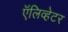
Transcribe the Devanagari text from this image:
ऍलिव्हेटर